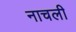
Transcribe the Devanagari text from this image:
नाचली